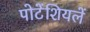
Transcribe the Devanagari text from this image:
पोटेंशियलें